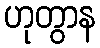
ဟုတွာန